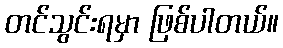
တင်သွင်းရမှာ ဖြစ်ပါတယ်။